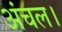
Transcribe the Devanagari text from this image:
अंचल।